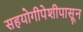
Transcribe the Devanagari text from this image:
सहयोगीपेशीपासून